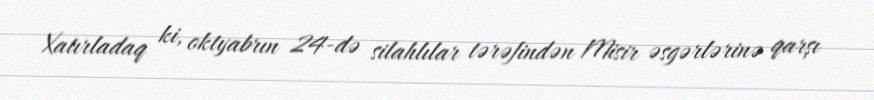
Xatırladaq ki, oktyabrın 24-də silahlılar tərəfindən Misir əsgərlərinə qarşı